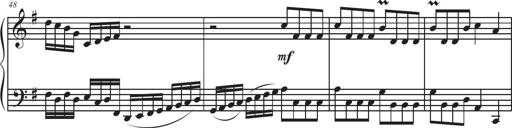
Title: Sonatina Espania
Composer: Jerald Franklin Archer
Key: Various